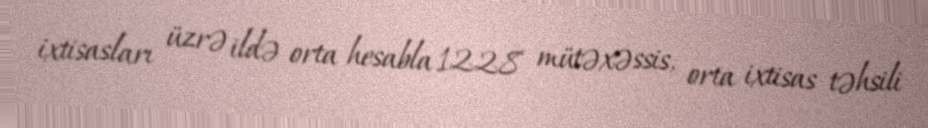
ixtisasları üzrə ildə orta hesabla 1228 mütəxəssis, orta ixtisas təhsili